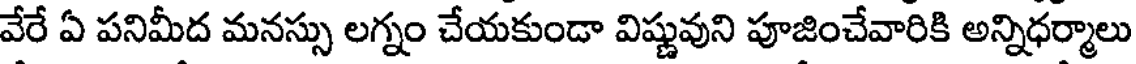
వేరే ఏ పనిమీద మనస్సు లగ్నం చేయకుండా విష్ణువుని పూజించేవారికి అన్నిధర్మాలు